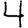
Digit: 4